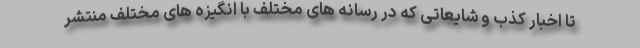
تا اخبار کذب و شایعاتی که در رسانه های مختلف با انگیزه های مختلف منتشر